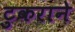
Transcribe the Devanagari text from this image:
टुकराने